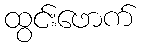
ထွင်းဖောက်